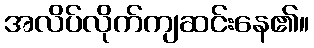
အလိပ်လိုက်ကျဆင်းနေ၏။